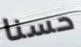
حسنا